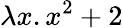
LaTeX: \lambda x.x^{2}+2